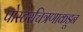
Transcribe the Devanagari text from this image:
पोस्टरचित्रणाकडून